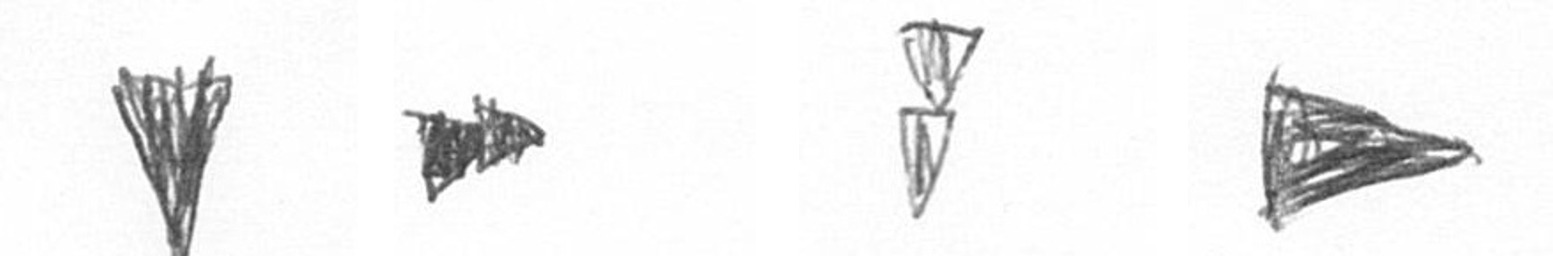
J A Z T